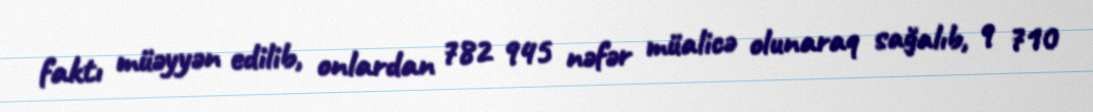
faktı müəyyən edilib, onlardan 782 945 nəfər müalicə olunaraq sağalıb, 9 710